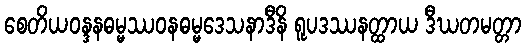
စေတိယဝန္ဒနဓမ္မဿဝနဓမ္မဒေသနာဒီနိ ရူပဒဿနတ္ထာယ ဒီဃတမတ္တာ